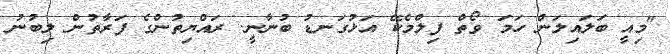
"މިއީ ބަލައިލަން ހަމަ ވޯތް ފިލްމެކޭ އަޅުގަނޑު ބުނާނީ. ރައްޔިތުންގެ ފަރާތުން ލިބުނު